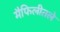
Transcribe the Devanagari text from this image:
मैफिलीतले